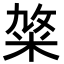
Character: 𥹛